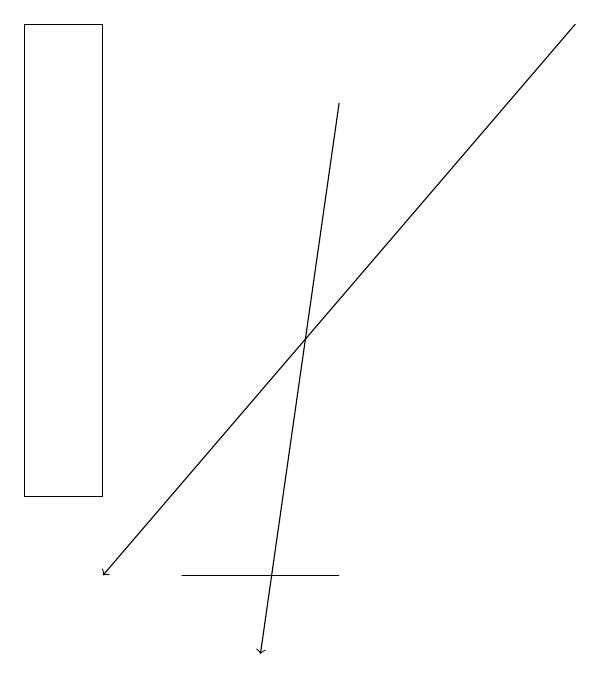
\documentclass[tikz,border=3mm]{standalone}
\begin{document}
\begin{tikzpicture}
\draw (2,18) rectangle (1,12);
\draw[->] (5,17) -- (4,10);
\draw[->] (8,18) -- (2,11);
\draw (3,11) rectangle (5,11);
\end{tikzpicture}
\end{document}